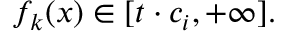
f _ { k } ( x ) \in [ t \cdot c _ { i } , + \infty ] .